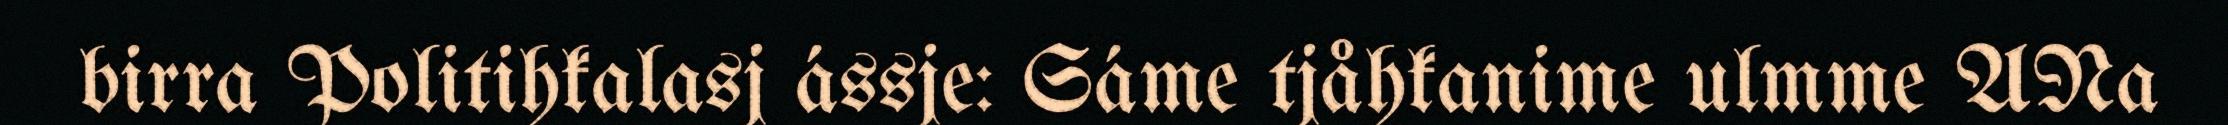
birra Politihkalasj ássje: Sáme tjåhkanime ulmme ANa